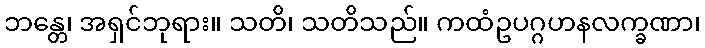
ဘန္တေ၊ အရှင်ဘုရား။ သတိ၊ သတိသည်။ ကထံဥပဂ္ဂဟနလက္ခဏာ၊